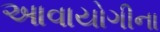
આવાયોગીના